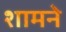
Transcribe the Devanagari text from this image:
शामने